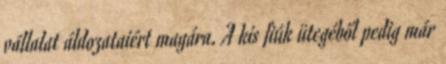
vállalat áldozataiért magára. A kis fiúk ütegéből pedig már